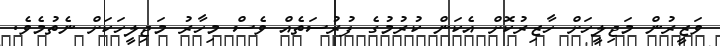
ވަޒީރުން މަޖިލީހަށް ހާޒިރުކޮށް އެކަން ކުރުމުގެ ފުރުސަތެއް ވެސް މިހާރު މަޖިލީހަކަށް ނެތުމެވެ.